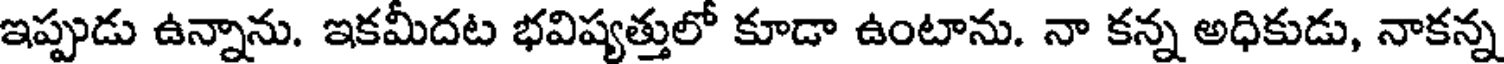
ఇప్పుడు ఉన్నాను. ఇకమీదట భవిష్యత్తులో కూడా ఉంటాను. నా కన్న అధికుడు, నాకన్న